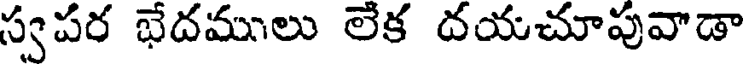
స్వపర భేదములు లేక దయచూపువాడా